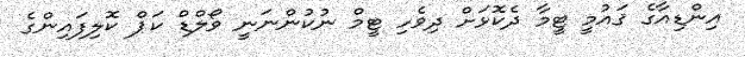
އިންޑިއާގެ ޤައުމީ ޓީމާ ދެކޮޅަށް ދިވެހި ޓީމް ނުކުންނަނީ ވޯލްޑް ކަޕް ކޮލިފައިންގެ